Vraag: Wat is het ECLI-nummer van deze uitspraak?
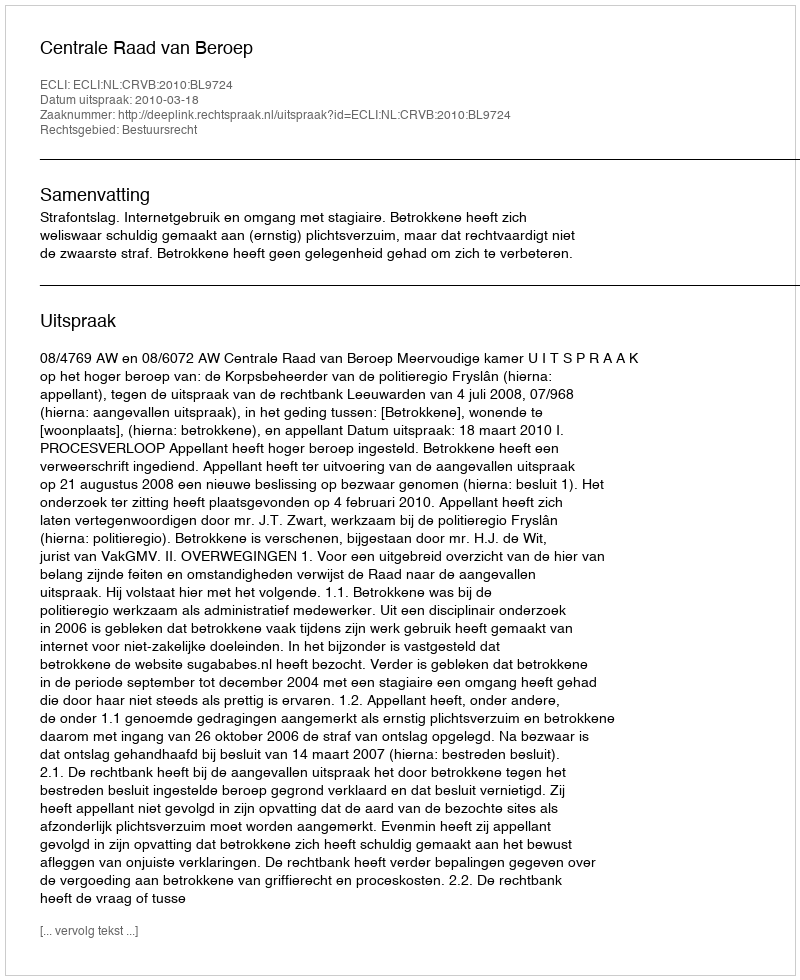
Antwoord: ECLI:NL:CRVB:2010:BL9724